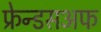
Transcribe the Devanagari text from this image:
फ्रेन्डसअफ